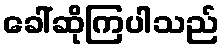
ခေါ်ဆိုကြပါသည်